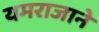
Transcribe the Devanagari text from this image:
यमराजाने